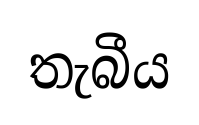
තැබීය